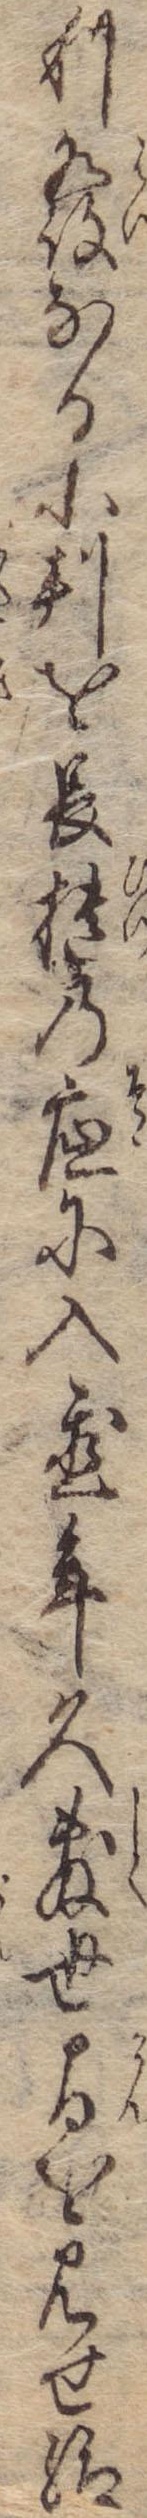
利発なる小判を長櫃の底に入置年久敷世間を見せ給